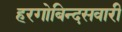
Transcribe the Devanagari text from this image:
हरगोबिन्दसवारी